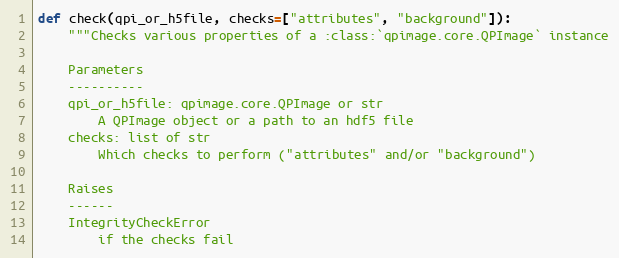
Language: Python
def check(qpi_or_h5file, checks=["attributes", "background"]):
    """Checks various properties of a :class:`qpimage.core.QPImage` instance

    Parameters
    ----------
    qpi_or_h5file: qpimage.core.QPImage or str
        A QPImage object or a path to an hdf5 file
    checks: list of str
        Which checks to perform ("attributes" and/or "background")

    Raises
    ------
    IntegrityCheckError
        if the checks fail